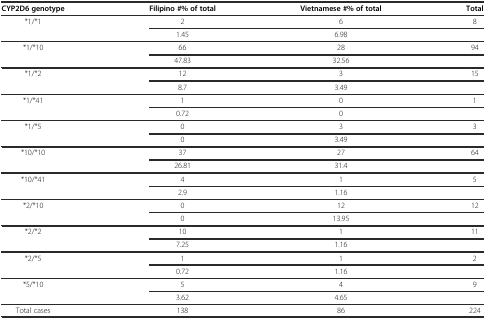
| CYP2D6 genotype | Filipino #% of total | Vietnamese #% of total | Total |
 | --- | --- | --- | --- |
 | <ROWSPAN=2> *1/*1 | 2 | 6 | 8 |
 | 1.45 | 6.98 |  |
 | <ROWSPAN=2> *1/*10 | 66 | 28 | 94 |
 | 47.83 | 32.56 |  |
 | <ROWSPAN=2> *1/*2 | 12 | 3 | 15 |
 | 8.7 | 3.49 |  |
 | <ROWSPAN=2> *1/*41 | 1 | 0 | 1 |
 | 0.72 | 0 |  |
 | <ROWSPAN=2> *1/*5 | 0 | 3 | 3 |
 | 0 | 3.49 |  |
 | <ROWSPAN=2> *10/*10 | 37 | 27 | 64 |
 | 26.81 | 31.4 |  |
 | <ROWSPAN=2> *10/*41 | 4 | 1 | 5 |
 | 2.9 | 1.16 |  |
 | <ROWSPAN=2> *2/*10 | 0 | 12 | 12 |
 | 0 | 13.95 |  |
 | <ROWSPAN=2> *2/*2 | 10 | 1 | 11 |
 | 7.25 | 1.16 |  |
 | <ROWSPAN=2> *2/*5 | 1 | 1 | 2 |
 | 0.72 | 1.16 |  |
 | <ROWSPAN=2> *5/*10 | 5 | 4 | 9 |
 | 3.62 | 4.65 |  |
 | Total cases | 138 | 86 | 224 |